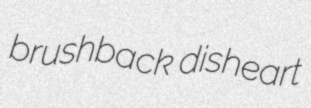
brushback disheart